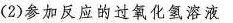
(2)参加反应的过氧化氢溶液